Report on vaccination in the Province of Bengal - 1869-1873
Year: 1869
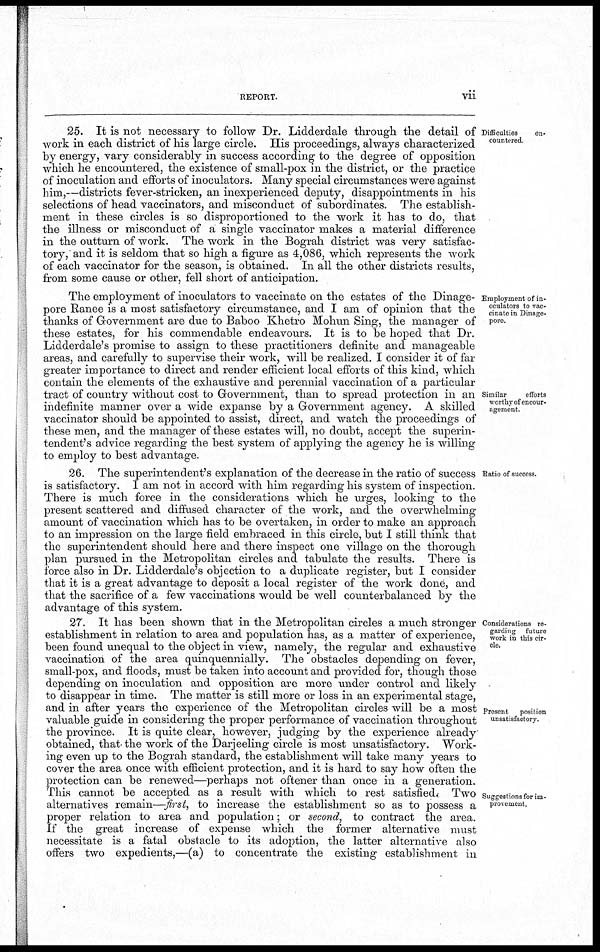
REPORT.
vii
Difficulties
en-
countered.
25. It is not necessary to follow Dr. Lidderdale through the detail of
work in each district of his large circle. His proceedings, always characterized
by energy, vary considerably in success according to the degree of opposition
which he encountered, the existence of small-pox in the district, or the practice
of inoculation and efforts of inoculators. Many special circumstances were against
him,—districts fever-stricken, an inexperienced deputy, disappointments in his
selections of head vaccinators, and misconduct of subordinates. The establish-
ment in these circles is so disproportioned to the work it has to do, that
the illness or misconduct of a single vaccinator makes a material difference
in the outturn of work. The work in the Bograh district was very satisfac-
tory, and it is seldom that so high a figure as 4,086, which represents the work
of each vaccinator for the season, is obtained. In all the other districts results,
from some cause or other, fell short of anticipation.
Employment of in-
oculators to vac-
cinate in Dinage¬
pore.
Similar
efforts
worthy of encour-
agement.
The employment of inoculators to vaccinate on the estates of the Dinage¬
pore Ranee is a most satisfactory circumstance, and I am of opinion that the
thanks of Government are due to Baboo Khetro Mohun Sing, the manager of
these estates, for his commendable endeavours. It is to be hoped that Dr.
Lidderdale's promise to assign to these practitioners definite and manageable
areas, and carefully to supervise their work, will be realized. I consider it of far
greater importance to direct and render efficient local efforts of this kind, which
contain the elements of the exhaustive and perennial vaccination of a particular
tract of country without cost to Government, than to spread protection in an
indefinite manner over a wide expanse by a Government agency. A skilled
vaccinator should be appointed to assist, direct, and watch the proceedings of
these men, and the manager of these estates will, no doubt, accept the superin-
tendent's advice regarding the best system of applying the agency he is willing
to employ to best advantage.
Ratio of success.
26. The superintendent's explanation of the decrease in the ratio of success
is satisfactory. I am not in accord with him regarding his system of inspection.
There is much force in the considerations which he urges, looking to the
present scattered and diffused character of the work, and the overwhelming
amount of vaccination which has to be overtaken, in order to make an approach
to an impression on the large field embraced in this circle, but I still think that
the superintendent should here and there inspect one village on the thorough
plan pursued in the Metropolitan circles and tabulate the results. There is
force also in Dr. Lidderdale's objection to a duplicate register, but I consider
that it is a great advantage to deposit a local register of the work done, and
that the sacrifice of a few vaccinations would be well counterbalanced by the
advantage of this system.
Considerations re-
garding future
work in this cir-
cle.
Present position
unsatisfactory.
Suggestions for im-
provement.
27. It has been shown that in the Metropolitan circles a much stronger
establishment in relation to area and population has, as a matter of experience,
been found unequal to the object in view, namely, the regular and exhaustive
vaccination of the area quinquennially. The obstacles depending on fever,
small-pox, and floods, must be taken into account and provided for, though those
depending on inoculation and opposition are more under control and likely
to disappear in time. The matter is still more or loss in an experimental stage,
and in after years the experience of the Metropolitan circles will be a most
valuable guide in considering the proper performance of vaccination throughout
the province. It is quite clear, however, judging by the experience already
obtained, that the work of the Darjeeling circle is most unsatisfactory. Work-
ing even up to the Bograh standard, the establishment will take many years to
cover the area once with efficient protection, and it is hard to say how often the
protection can be renewed—perhaps not oftener than once in a generation.
This cannot be accepted as a result with which to rest satisfied. Two
alternatives remain—first, to increase the establishment so as to possess a
proper relation to area and population; or second, to contract the area.
If the great increase of expense which the former alternative must
necessitate is a fatal obstacle to its adoption, the latter alternative also
offers two expedients,—(a) to concentrate the existing establishment in